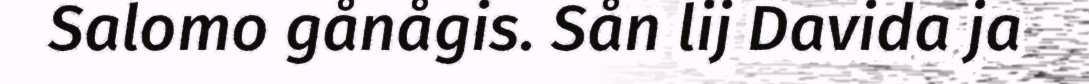
Salomo gånågis. Sån lij Davida ja